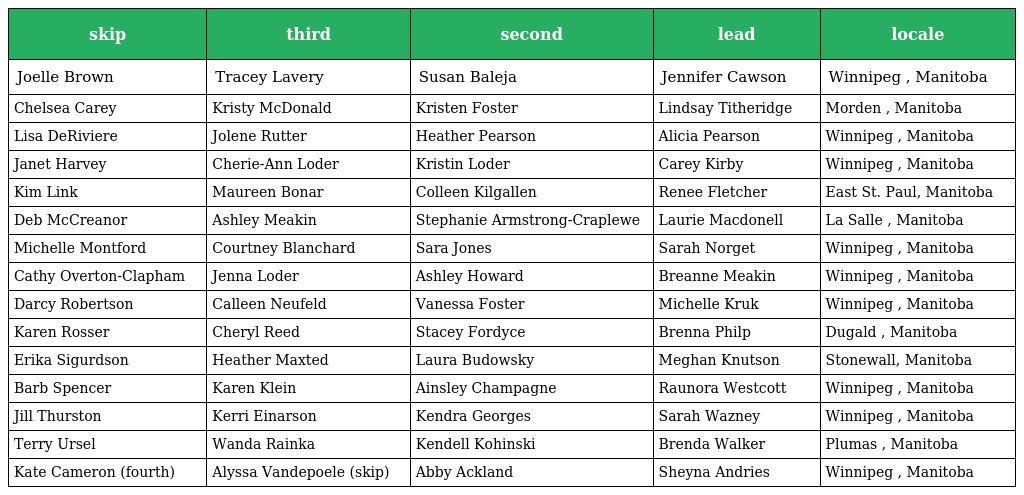
| skip | third | second | lead | locale |
 | --- | --- | --- | --- | --- |
 | Joelle Brown | Tracey Lavery | Susan Baleja | Jennifer Cawson | Winnipeg , Manitoba |
 | Chelsea Carey | Kristy McDonald | Kristen Foster | Lindsay Titheridge | Morden , Manitoba |
 | Lisa DeRiviere | Jolene Rutter | Heather Pearson | Alicia Pearson | Winnipeg , Manitoba |
 | Janet Harvey | Cherie-Ann Loder | Kristin Loder | Carey Kirby | Winnipeg , Manitoba |
 | Kim Link | Maureen Bonar | Colleen Kilgallen | Renee Fletcher | East St. Paul, Manitoba |
 | Deb McCreanor | Ashley Meakin | Stephanie Armstrong-Craplewe | Laurie Macdonell | La Salle , Manitoba |
 | Michelle Montford | Courtney Blanchard | Sara Jones | Sarah Norget | Winnipeg , Manitoba |
 | Cathy Overton-Clapham | Jenna Loder | Ashley Howard | Breanne Meakin | Winnipeg , Manitoba |
 | Darcy Robertson | Calleen Neufeld | Vanessa Foster | Michelle Kruk | Winnipeg , Manitoba |
 | Karen Rosser | Cheryl Reed | Stacey Fordyce | Brenna Philp | Dugald , Manitoba |
 | Erika Sigurdson | Heather Maxted | Laura Budowsky | Meghan Knutson | Stonewall, Manitoba |
 | Barb Spencer | Karen Klein | Ainsley Champagne | Raunora Westcott | Winnipeg , Manitoba |
 | Jill Thurston | Kerri Einarson | Kendra Georges | Sarah Wazney | Winnipeg , Manitoba |
 | Terry Ursel | Wanda Rainka | Kendell Kohinski | Brenda Walker | Plumas , Manitoba |
 | Kate Cameron (fourth) | Alyssa Vandepoele (skip) | Abby Ackland | Sheyna Andries | Winnipeg , Manitoba |